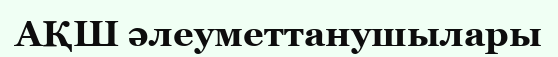
АҚШ әлеуметтанушылары